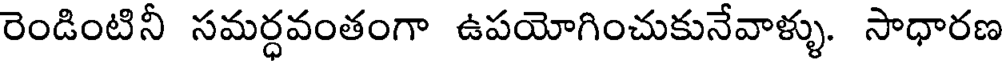
రెండింటినీ సమర్ధవంతంగా ఉపయోగించుకునేవాళ్ళు. సాధారణ